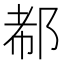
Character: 𰻪